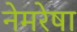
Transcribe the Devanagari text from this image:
नेमरेषा